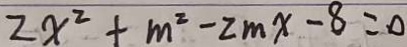
2 x ^ { 2 } + m ^ { 2 } - 2 m x - 8 = 0